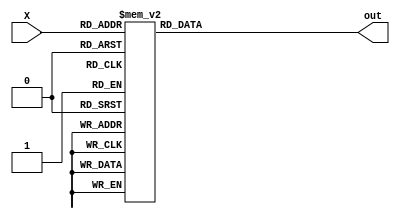
module mux_16to1(out, X);
    output reg [8:0] out;
    input [3:0] X;

    always @(*) begin
        case(X)
            4'b0000: out = 9'd0;
            4'b0001: out = 9'd25;
            4'b0010: out = 9'd50;
            4'b0011: out = 9'd75;
            4'b0100: out = 9'd100;
            4'b0101: out = 9'd125;
            4'b0110: out = 9'd150;
            4'b0111: out = 9'd175;
            4'b1000: out = 9'd200;
            4'b1001: out = 9'd225;
            4'b1010: out = 9'd250;
            4'b1011: out = 9'd275;
            4'b1100: out = 9'd300;
            4'b1101: out = 9'd325;
            4'b1110: out = 9'd350;
            4'b1111: out = 9'd375;
        endcase
    end
endmodule

module dff(q, qn, d, clk, reset);
    output reg q, qn;
    input d, clk, reset;

    always @(negedge reset or posedge clk) begin
        if(!reset) begin
            q <= 1'b0;
            qn <= 1'b1;
        end
        else begin
            q <= d;
            qn <= ~d;
        end
    end
endmodule

module ACC_RST(Acc_rst1, Acc_rst2, clk, reset);
    output Acc_rst1, Acc_rst2;
    input clk, reset;
    wire w1, w2, w3, w4, w5, w6, w7, w8;

    dff d1(w1, w2, w2, clk, reset);
    dff d2(w3, w4, w4, w1, reset);
    dff d3(w5, w6, w6, w3, reset);
    dff d4(w7, w8, w8, w5, reset);
    assign Acc_rst1 = w5;
    assign Acc_rst2 = w7;
endmodule

module Adder_Register(Y, mxout, Acc_rst1, Acc_rst2, clk);
    output reg [12:0] Y;
    input [8:0] mxout;
    input Acc_rst1, Acc_rst2, clk;

    always @(posedge Acc_rst2 or negedge Acc_rst2)
        Y <= 13'd0;

    always @(posedge clk)
        if(Acc_rst1)
            Y <= Y + mxout;
        else
            Y <= Y;
endmodule

module INTG(Y, X, clk, reset);
    output [12:0] Y;
    input [3:0] X;
    input clk, reset;

    wire Acc_rst1, Acc_rst2;
    wire [8:0] mxout;

    ACC_RST ac(Acc_rst1, Acc_rst2, clk, reset);
    mux_16to1 mx(mxout, X);
    Adder_Register ar(Y, mxout, Acc_rst1, Acc_rst2, clk);

endmodule

module Tb;
    reg [3:0] X;
    reg clk, reset;
    wire [12:0] Y;

    INTG i(Y, X, clk, reset);

    initial begin
        #1 clk <= 1'b0;
        repeat(25)
            #1 clk <= ~clk;
    end
    initial begin
        $monitor($time, " X=%d, Reset=%b, Y=%d", X, reset, Y, i.Acc_rst1);
        #0 reset = 1'b0; 
        #2 reset = 1'b1; X = 4'd10;
        #2 X = 4'd5;
        #2 X = 4'd12;
        #2 X = 4'd1;

        #2 X = 4'd13;
        #2 X = 4'd7;
        #2 X = 4'd9;
        #2 X = 4'd2;

        #2 X = 4'd11;
        #2 X = 4'd5;
        #2 X = 4'd4;
        #2 X = 4'd2;
    end
endmodule